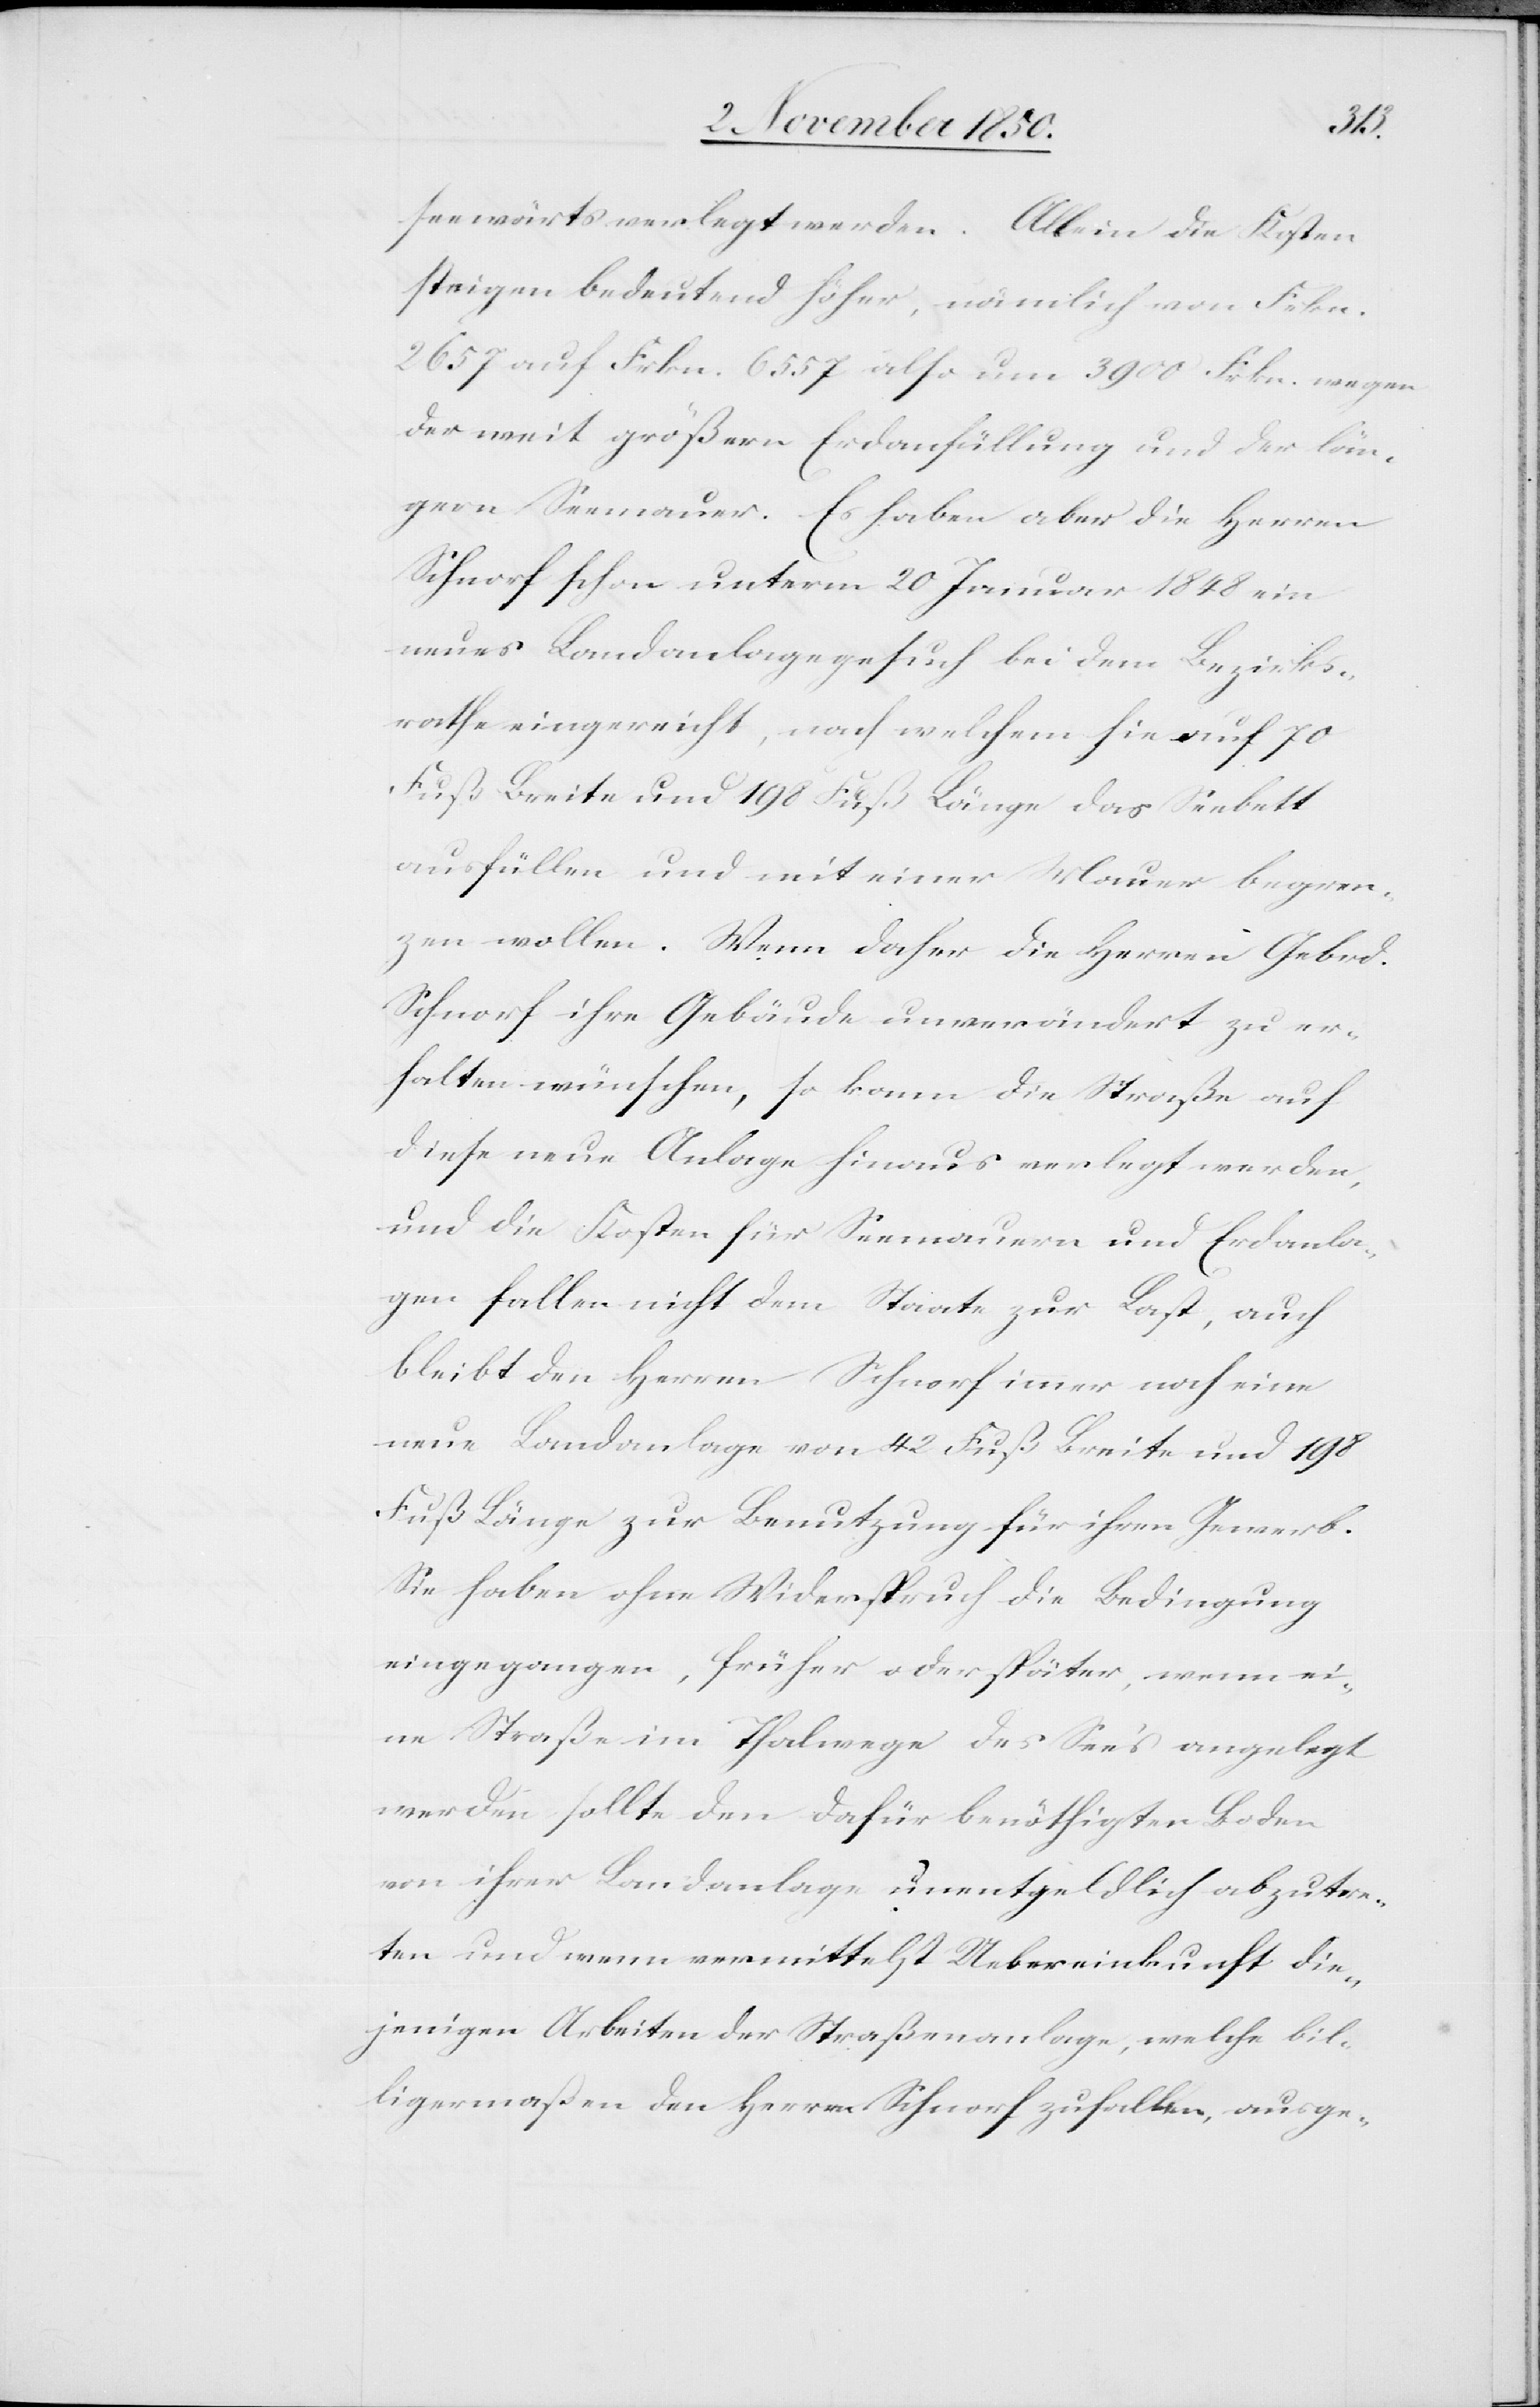
d.
seewärts verlegt werden. Allein die Kosten
steigen bedeutend höher, nämlich von Frkn.
2657 auf Frkn. 6557 also um 3900 Frkn. wegen
der weit größern Erdanfüllung und der län¬
gern Seemauer. Es haben aber die Herren
Schnorf schon unterm 20 Januar 1848 ein
neues Landanlagegesuch bei dem Bezirks¬
rathe eingereicht, nach welchem sie auf 70
Fuß Breite und 198 Fuß Länge das Seebett
ausfüllen und mit einer Mauer begren¬
zen wollen. Wenn daher die Herren Gebr¬
Schnorf ihre Gebäude unverändert zu er¬
halten wünschen, so kann die Straße auf
diese neue Anlage hinaus verlegt werden,
und die Kosten für Seemauern und Erdanla¬
gen fallen nicht dem Staate zur Last, auch
bleibt den Herren Schnorf immer noch eine
neue Landanlage von 42 Fuß Breite und 198
Fuß Länge zur Benutzung für ihren Gewerb.
Sie haben ohne Widerspruch die Bedingung
eingegangen, früher oder später, wenn ei¬
ne Straße im Thalwege des Sees angelegt
werden sollte den dafür benöthigten Boden
von ihrer Landanlage unentgeldlich abzutre¬
ten und wenn vermittelst Uebereinkunft die¬
jenigen Arbeiten der Straßenanlage, welche bil¬
ligermassen den Herren Schnorf zufallen, ausge-